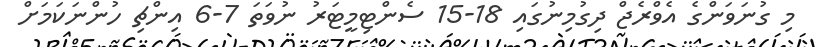
މި ގުނަވަންގެ އެވްރެޖް ދިގުމިނުގައި 18-15 ސެންޓިމީޓަރު ނުވަތަ 7-6 އިންޗި ހުންނަކަމަށް